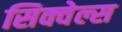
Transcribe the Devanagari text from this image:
सिक्वेल्स